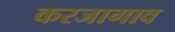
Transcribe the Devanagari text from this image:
करजागाव